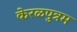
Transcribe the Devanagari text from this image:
केरळपुत्रम